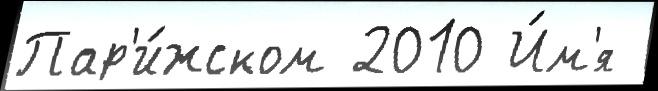
Пар'и́жском 2010 И́м'я